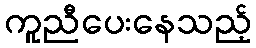
ကူညီပေးနေသည့်